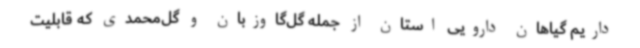
داریم گیاهان دارویی استان از جمله گل‌گاوزبان و گل‌محمدی که قابلیت